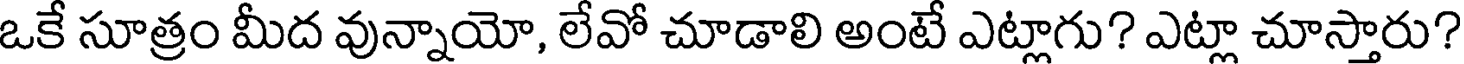
ఒకే సూత్రం మీద వున్నాయో, లేవో చూడాలి అంటే ఎట్లాగు? ఎట్లా చూస్తారు?